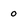
Character: o